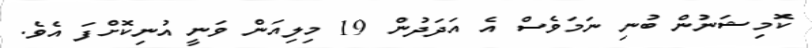
ކޮމިޝަނުން ބުނި ނަމަވެސް އެ އަދަދުން 19 މިލިއަން ވަނީ އުނިކޮށްފަ އެވެ.